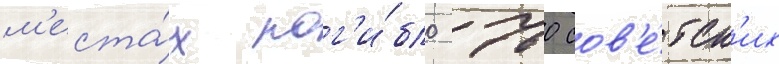
м'еста́х пог'и́бло 760 сов'е́тск'их